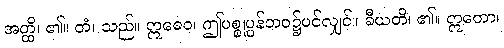
အတ္ထိ၊ ၏။ တံ၊ သည်။ ဣဓေဝ၊ ဤပစ္စုပ္ပန်ဘဝ၌ပင်လျှင်။ ခီယတိ၊ ၏။ ဣတော၊